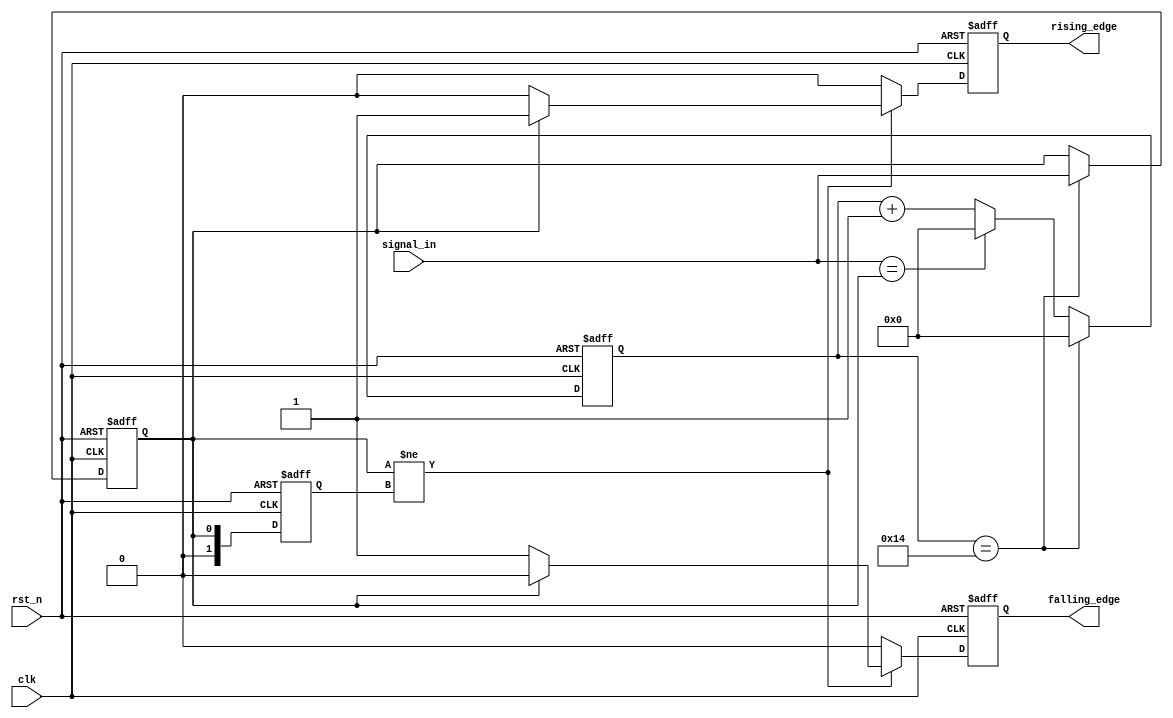
module debounced_edge_detector #(
    parameter DEBOUNCE_TIME = 20 // Number of clock cycles for debouncing
)(
    input wire clk,               // Clock signal
    input wire rst_n,             // Asynchronous reset (active low)
    input wire signal_in,         // Noisy input signal
    output reg rising_edge,       // Rising edge output
    output reg falling_edge       // Falling edge output
);

    reg [1:0] state;              // State variable for current and previous state
    reg [1:0] prev_state;         // Previous state of the input
    reg [DEBOUNCE_TIME-1:0] debounce_counter; // Counter for debounce timing
    reg stable_signal;            // Stable version of the input signal

    // State definitions
    localparam STATE_STABLE_0 = 2'b00;
    localparam STATE_STABLE_1 = 2'b01;

    // Debounce Logic and Edge Detection
    always @(posedge clk or negedge rst_n) begin
        if (!rst_n) begin
            state <= STATE_STABLE_0;
            prev_state <= STATE_STABLE_0;
            debounce_counter <= 0;
            stable_signal <= 0;
            rising_edge <= 0;
            falling_edge <= 0;
        end else begin
            // Increment counter if input is stable
            if (signal_in == stable_signal) begin
                debounce_counter <= 0; // Reset counter if still stable
            end else begin
                debounce_counter <= debounce_counter + 1; // Increment counter
            end

            // Check if counter has reached DEBOUNCE_TIME
            if (debounce_counter == DEBOUNCE_TIME) begin
                stable_signal <= signal_in; // Update stable signal
                debounce_counter <= 0; // Reset counter
            end

            // Edge detection logic
            if (stable_signal != prev_state) begin
                if (stable_signal == 1) begin
                    rising_edge <= 1; // Rising edge detected
                    falling_edge <= 0; // Clear falling edge
                end else begin
                    falling_edge <= 1; // Falling edge detected
                    rising_edge <= 0; // Clear rising edge
                end
            end else begin
                rising_edge <= 0; // Clear rising edge if no transition
                falling_edge <= 0; // Clear falling edge if no transition
            end

            // Update previous state
            prev_state <= stable_signal; 
        end
    end

endmodule